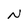
Character: N